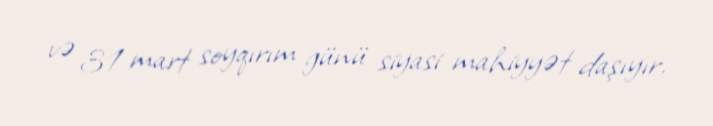
və 31 mart soyqırım günü siyasi mahiyyət daşıyır.